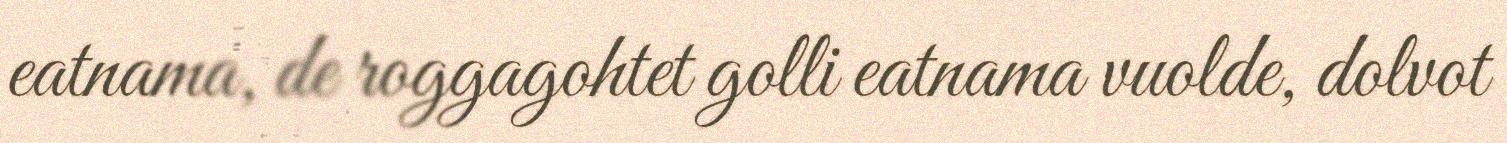
eatnama, de roggagohtet golli eatnama vuolde, dolvot